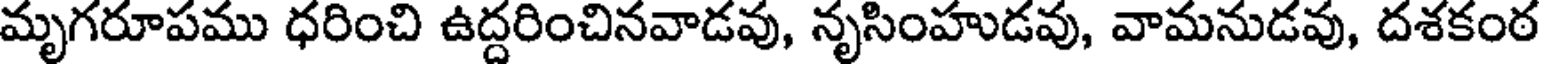
మృగరూపము ధరించి ఉద్దరించినవాడవు, నృసింహుడవు, వామనుడవు, దశకంఠ